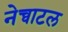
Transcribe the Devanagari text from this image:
नेच्वाटल